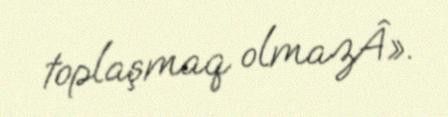
toplaşmaq olmazÂ».